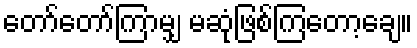
တော်တော်ကြာမျှ မဆုံဖြစ်ကြတော့ချေ။